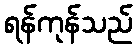
ရန်ကုန်သည်